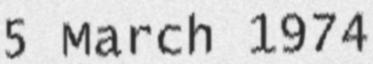
5 March 1974